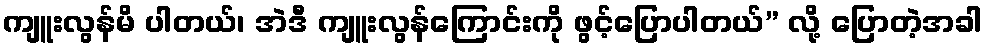
ကျူးလွန်မိ ပါတယ်၊ အဲဒီ ကျူးလွန်ကြောင်းကို ဖွင့်ပြောပါတယ်” လို့ ပြောတဲ့အခါ